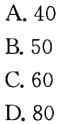
A. 40

B. 50

C. 60

D. 80